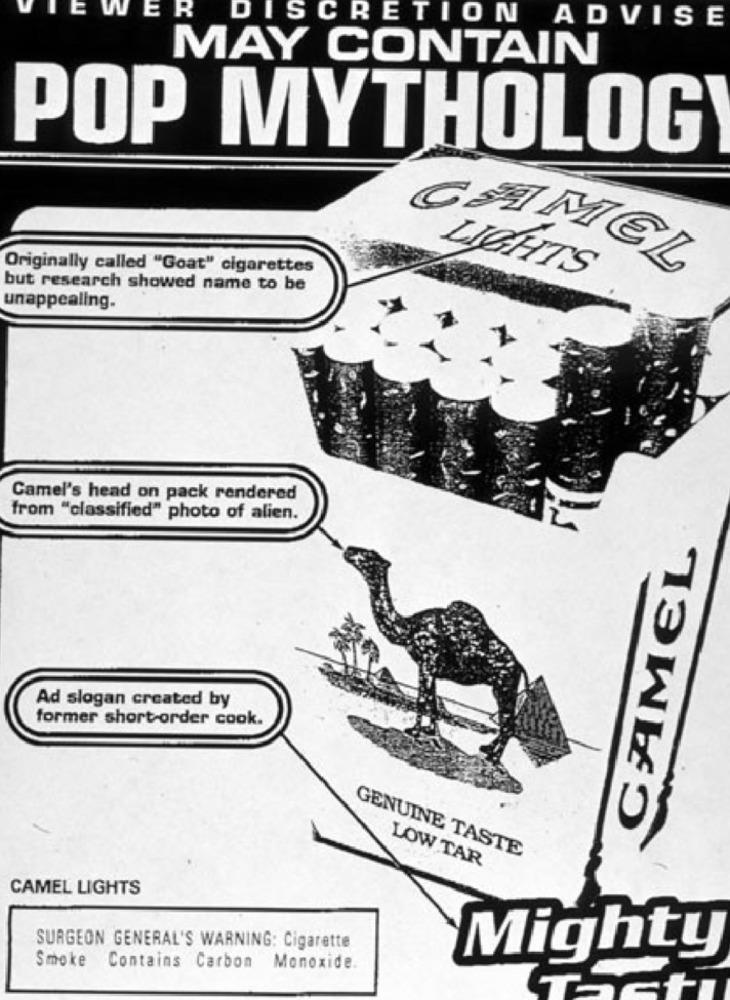
E
R
DISCRETION ADVISE
MAY CONTAIN
POP MYTHOLOG
Originally called "Goat" cigarettes
CAMEL
LIGHTS
but research showed name to be
unappealing.
Camel's head on pack rendered
from "classified" photo of alien.
CAMEL
Ad slogan created by
former short-order cook.
GENUINE TASTE
LOW TAR
CAMEL LIGHTS
SURGEON GENERAL'S WARNING: Cigarette
Mighty
Smoke Contains Carbon Monoxide.